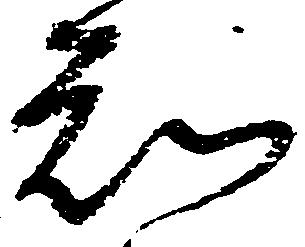
知